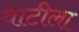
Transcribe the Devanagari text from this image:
वाटीला